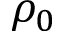
\rho _ { 0 }